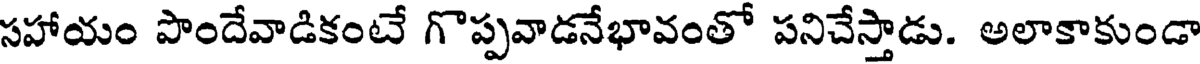
సహాయం పొందేవాడికంటే గొప్పవాడనేభావంతో పనిచేస్తాడు. అలాకాకుండా